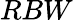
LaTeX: RBW